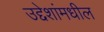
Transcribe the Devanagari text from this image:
उद्देशांमधील